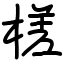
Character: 槎